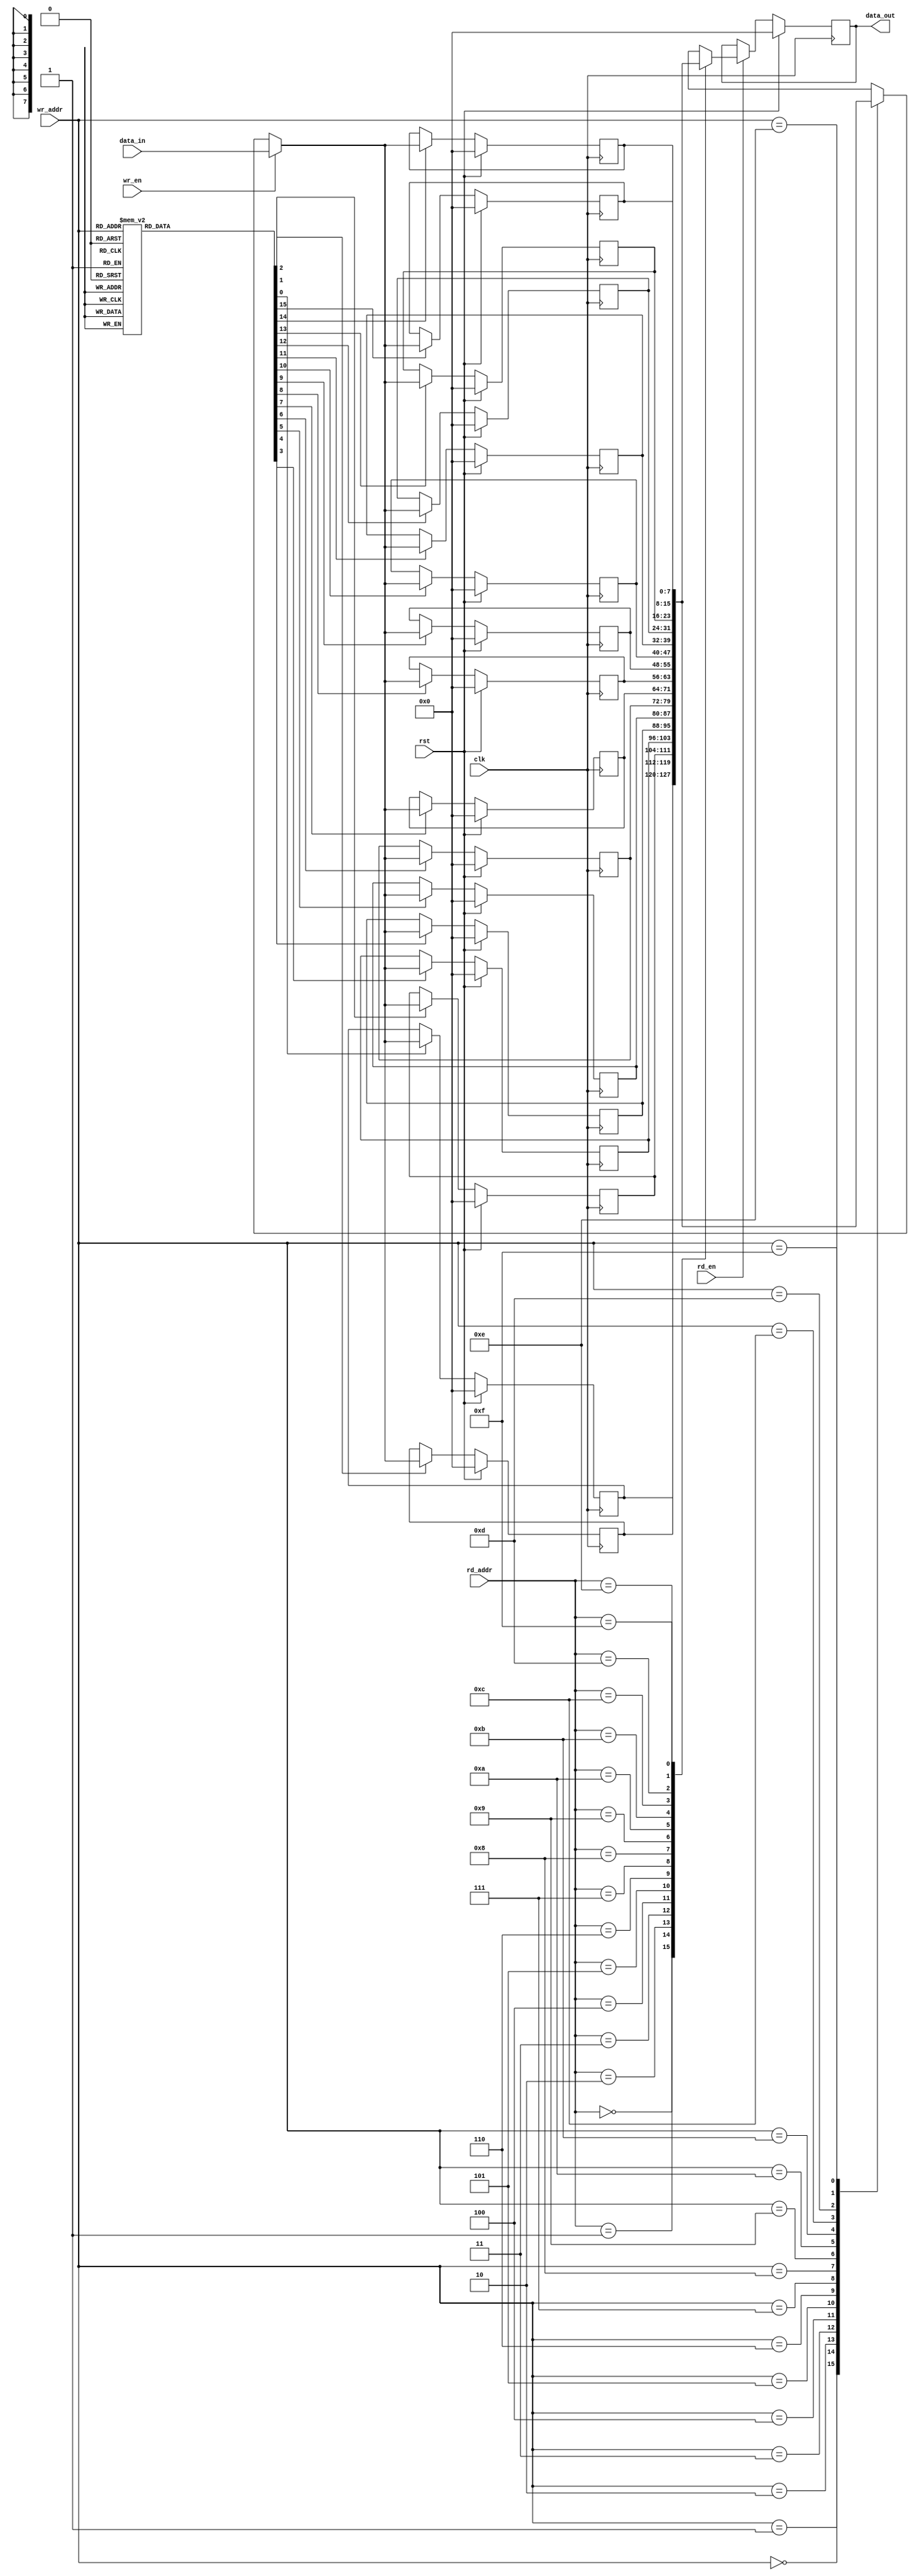
module sync_dualport_ram #(parameter width = 8, depth = 16, addr_size = 4)(
    input [width-1:0]data_in, 
    input clk, rst, wr_en,rd_en,
    input [addr_size-1:0]wr_addr, rd_addr,
    output reg [width-1:0] data_out
);
    
reg [width-1:0] ram [depth-1:0]; 
reg [width-1:0] temp_wr, data_out1;

reg [depth-1:0] decode;


integer i;

///// READ OPERATION:


always @(*) begin
    if(rd_en) begin
        data_out1 = ram[rd_addr];
    end
    else begin
        data_out1=data_out;
    end
end

//

always @(posedge clk) begin
    if(rst)begin
        data_out<='b0;
    end
    else data_out<= data_out1;
end

///// WRITE OPERATION:

always @(*) begin
    if (wr_en) begin
        temp_wr= data_in;
    end
    else begin
        temp_wr = ram[wr_addr];
    end
end


always @(posedge clk) begin
    for (i =0 ;i<depth ;i=i+1 ) begin
        if (rst) begin
            ram[i]<='b0;
        end
        else if (decode[i]) begin
            ram[i]<=temp_wr;
        end
        else ram[i]<=ram[i];
    end
end


always @(*) begin
    case (wr_addr)
       4'b0000 :decode= 16'b0000000000000001;
       4'b0001 :decode= 16'b0000000000000010;
       4'b0010 :decode= 16'b0000000000000100;
       4'b0011 :decode= 16'b0000000000001000;
       4'b0100 :decode= 16'b0000000000010000;
       4'b0101 :decode= 16'b0000000000100000;
       4'b0110 :decode= 16'b0000000001000000;
       4'b0111 :decode= 16'b0000000010000000;
       4'b1000 :decode= 16'b0000000100000000;
       4'b1001 :decode= 16'b0000001000000000;
       4'b1010 :decode= 16'b0000010000000000;
       4'b1011 :decode= 16'b0000100000000000;
       4'b1100 :decode= 16'b0001000000000000;
       4'b1101 :decode= 16'b0010000000000000;
       4'b1110 :decode= 16'b0100000000000000;
       4'b1111 :decode= 16'b1000000000000000;
       default: decode= 16'bz;
    endcase
end

endmodule